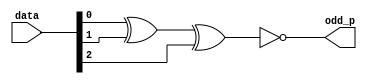
`timescale 1ns / 1ps
//////////////////////////////////////////////////////////////////////////////////
// Company: 
// Engineer: 
// 
// Design Name: 
// Module Name:    odd_parity_df 
// Project Name: 
// Target Devices: 
// Tool versions: 
// Description: 
//
// Dependencies: 
//
// Revision: 
// Revision 0.01 - File Created
// Additional Comments: 
//
//////////////////////////////////////////////////////////////////////////////////
module odd_parity_df(
    input [2:0] data,
    output odd_p
    );

assign odd_p=~(data[0]^data[1]^data[2]);

endmodule